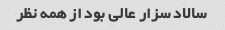
سالاد سزار عالی بود از همه نظر